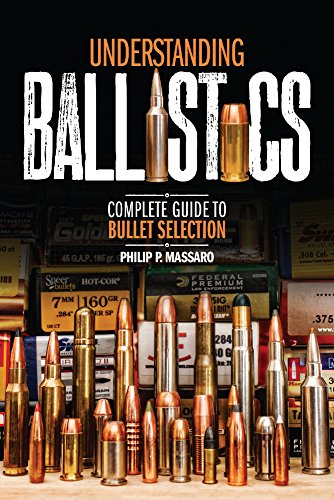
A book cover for Understanding Ballistics: Complete Guide to Bullet Selection; Philip P. Massaro; Reference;